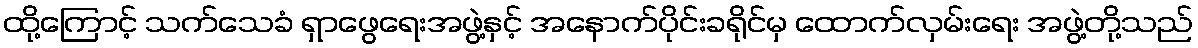
ထို့ကြောင့် သက်သေခံ ရှာဖွေရေးအဖွဲ့နှင့် အနောက်ပိုင်းခရိုင်မှ ထောက်လှမ်းရေး အဖွဲ့တို့သည်